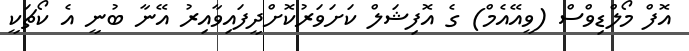
އޮފް މޯލްޑިވްސް (ވީއޭއެމް) ގެ އޮފިޝަލް ކަށަވަރުކޮށްދީފައިވާއިރު އޭނާ ބުނީ އެ ކޯޗަކީ